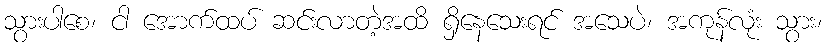
သွားပါစေ၊ ငါ အောက်ထပ် ဆင်းလာတဲ့အထိ ရှိနေသေးရင် အသေပဲ၊ အကုန်လုံး သွား၊